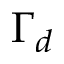
\Gamma _ { d }